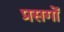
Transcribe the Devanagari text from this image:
प्रसगों